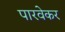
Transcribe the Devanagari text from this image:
पारवेकर